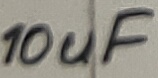
Text: 10uF